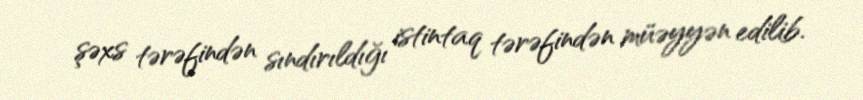
şəxs tərəfindən sındırıldığı istintaq tərəfindən müəyyən edilib.